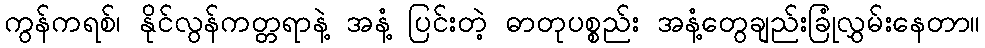
ကွန်ကရစ်၊ နိုင်လွန်ကတ္တရာနဲ့ အနံ့ ပြင်းတဲ့ ဓာတုပစ္စည်း အနံ့တွေချည်းခြုံလွှမ်းနေတာ။